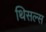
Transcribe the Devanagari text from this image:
थिसल्स